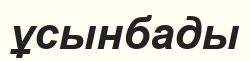
ұсынбады